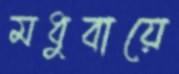
মধুবায়ে